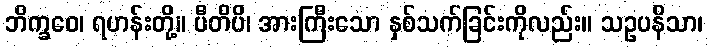
ဘိက္ခဝေ၊ ရဟန်းတို့။ ပီတိပိ၊ အားကြီးသော နှစ်သက်ခြင်းကိုလည်း။ သဥပနိသာ၊